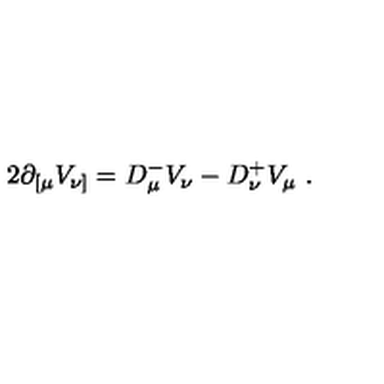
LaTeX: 2 \partial _ { [ \mu } V _ { \nu ] } = D _ { \mu } ^ { - } V _ { \nu } - D _ { \nu } ^ { + } V _ { \mu } \ .